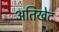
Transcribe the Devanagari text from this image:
अतिखेद